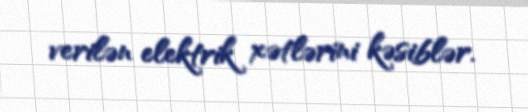
verilən elektrik xətlərini kəsiblər.